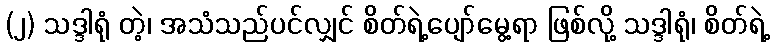
(၂) သဒ္ဒါရုံ တဲ့၊ အသံသည်ပင်လျှင် စိတ်ရဲ့ပျော်မွေ့ရာ ဖြစ်လို့ သဒ္ဒါရုံ၊ စိတ်ရဲ့